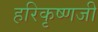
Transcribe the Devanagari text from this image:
हरिकृष्णजी